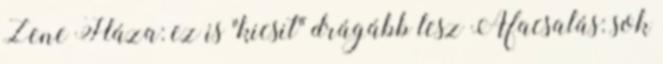
Zene Háza: ez is "kicsit" drágább lesz Áfacsalás: sok